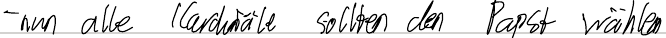
- nun alle Kardinäle sollten den Papst wählen